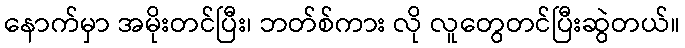
နောက်မှာ အမိုးတင်ပြီး၊ ဘတ်စ်ကား လို လူတွေတင်ပြီးဆွဲတယ်။